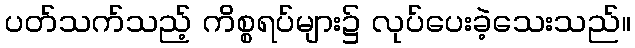
ပတ်သက်သည့် ကိစ္စရပ်များ၌ လုပ်ပေးခဲ့သေးသည်။